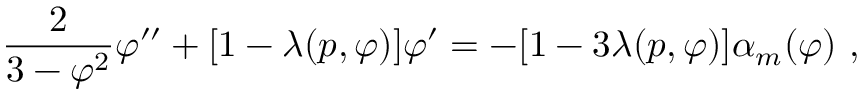
{ \frac { 2 } { 3 - \varphi ^ { 2 } } } \varphi ^ { \prime \prime } + [ 1 - \lambda ( p , \varphi ) ] \varphi ^ { \prime } = - [ 1 - 3 \lambda ( p , \varphi ) ] \alpha _ { m } ( \varphi ) \ ,